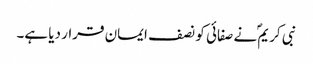
نبی کریمؐ نے صفائی کو نصف ایمان قرار دیا ہے۔